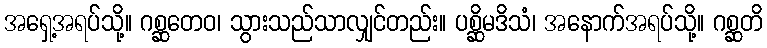
အရှေ့အရပ်သို့။ ဂစ္ဆတေဝ၊ သွားသည်သာလျှင်တည်း။ ပစ္ဆိမဒိသံ၊ အနောက်အရပ်သို့။ ဂစ္ဆတိ